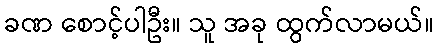
ခဏ စောင့်ပါဦး။ သူ အခု ထွက်လာမယ်။